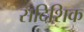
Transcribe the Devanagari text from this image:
सदिशिक